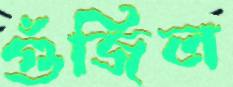
গুঁজিল